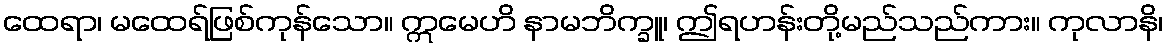
ထေရာ၊ မထေရ်ဖြစ်ကုန်သော။ ဣမေဟိ နာမဘိက္ခူ၊ ဤရဟန်းတို့မည်သည်ကား။ ကုလာနိ၊